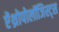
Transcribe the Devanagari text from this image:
ऐंथ्रोपोलॉजिस्ट्स